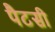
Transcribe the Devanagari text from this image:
पैटसी